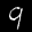
Label: 9